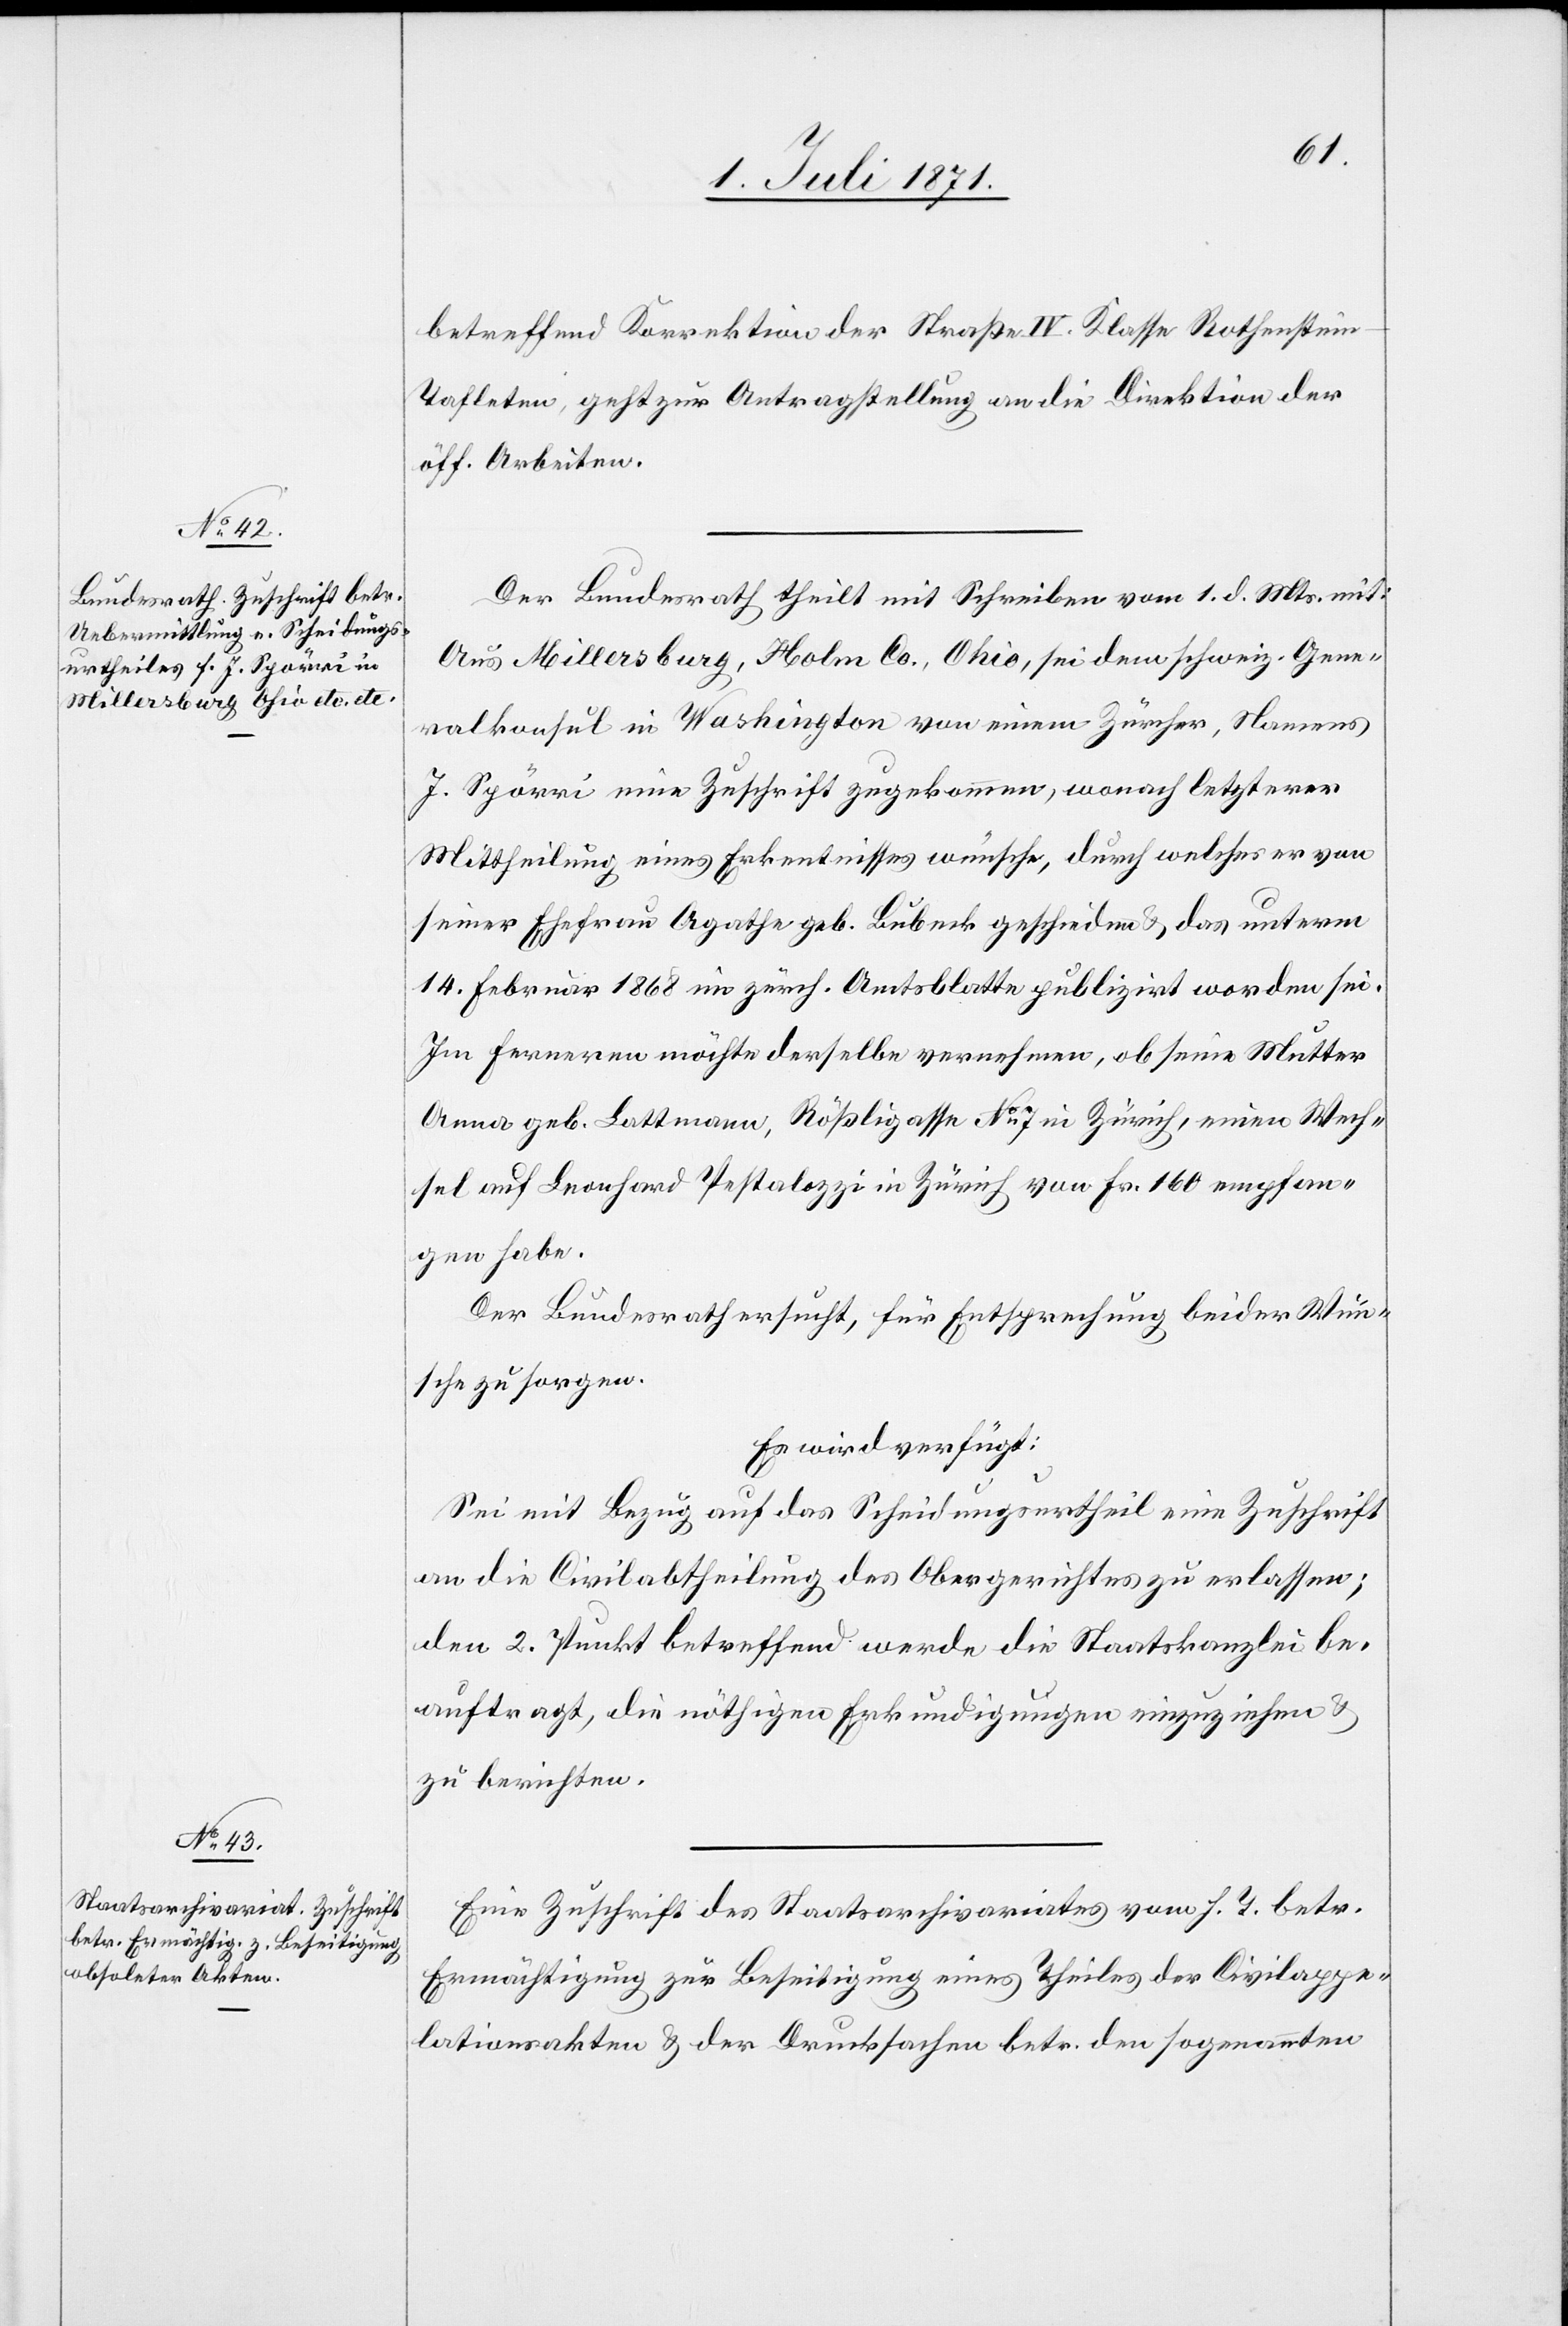
5. Juli 1871.]
betreffend Korrektion der Straße IV. Klasse Rothenstei¬
n-Tafleten, geht zur Antragstellung an die Direktion der
öff. Arbeiten.
Der Bundesrath theilt mit Schreiben vom 1. d. Mts. mit:
Aus Millersburg, Holm Co., Ohio, sei dem schweiz. Gene¬
ralkonsul in Washington von einem Zürcher, Namens
J. Spörri eine Zuschrift zugekommen, wonach letzterer
Mittheilung eines Erkentnisses wünsche, durch welches er von
seiner Ehefrau Agathe geb. Lubeck geschieden u. das unterm
14. Februar 1868 im zürch. Amtsblatte publizirt worden sei.
Im Ferneren möchte derselbe vernehmen, ob seine Mutter
Anna geb. Lattmann, Rößligasse No. 7 in Zürich, einen Wech¬
sel auf Leonhard Pestalozzi in Zürich von Fr. 160 empfan¬
gen habe.
Der Bundesrath ersucht, für Entsprechung beider Wün¬
sche zu sorgen.
Es wird verfügt:
Sei mit Bezug auf das Scheidungsurtheil eine Zuschrift
an die Civilabtheilung des Obergerichtes zu erlassen;
den 2. Punkt betreffend werde die Staatskanzlei be¬
auftragt, die nöthigen Erkundigungen einzuziehen u.
zu berichten.
Eine Zuschrift des Staatsarchivariates vom h. T. betr.
Ermächtigung zur Beseitigung eines Theiles der Civilappe¬
lationsakten u. der Drucksachen betr. den sogenannten